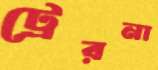
ট্রেরনা